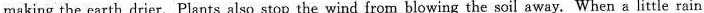
making the earth drier. Plants also stop the wind from blowing the soil away. When a little rain